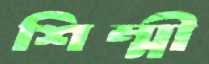
শিম্মী